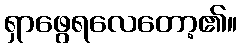
ရှာဖွေရလေတော့၏။